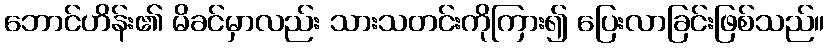
ဘောင်ဟိန်း၏ မိခင်မှာလည်း သားသတင်းကိုကြား၍ ပြေးလာခြင်းဖြစ်သည်။